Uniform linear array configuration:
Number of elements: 64
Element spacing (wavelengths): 0.25
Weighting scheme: hamming
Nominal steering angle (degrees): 0
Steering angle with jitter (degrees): -0.8071
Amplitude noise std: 0.05
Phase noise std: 0.05

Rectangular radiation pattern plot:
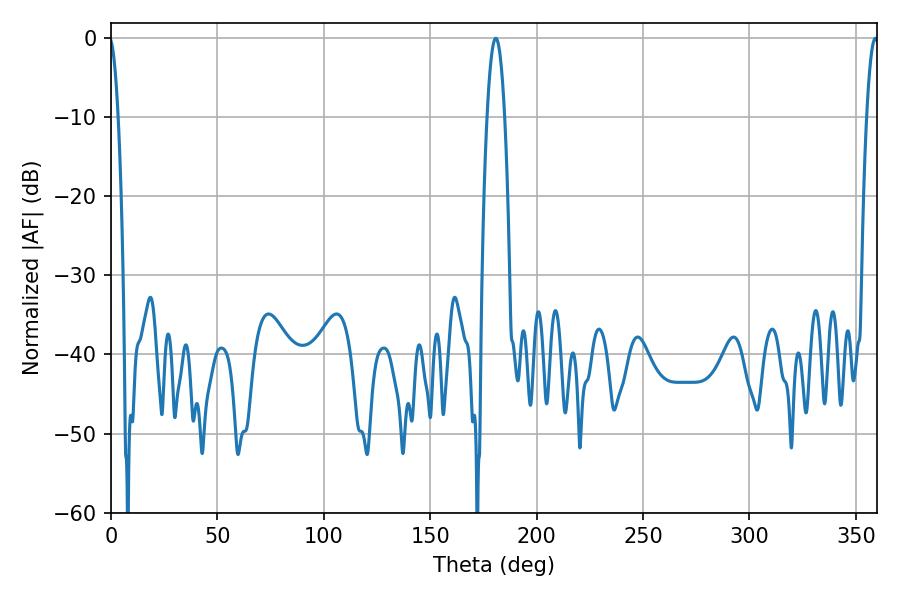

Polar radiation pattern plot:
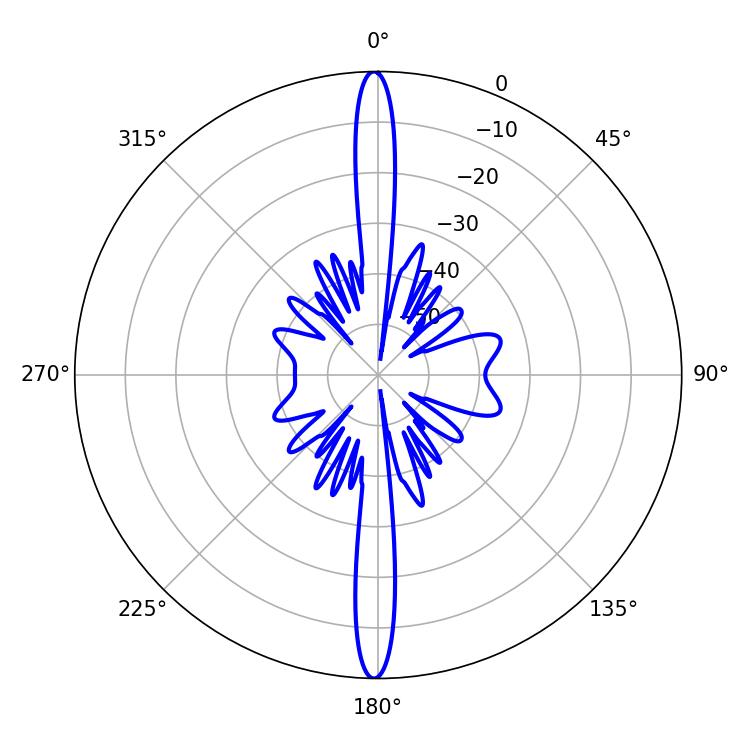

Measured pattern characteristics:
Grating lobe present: FALSE
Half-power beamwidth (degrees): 3.06
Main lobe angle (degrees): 359.1